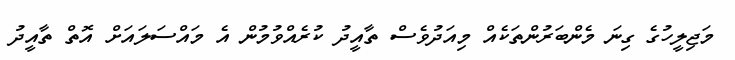
މަޖިލީހުގެ ގިނަ މެންބަރުންތަކެއް މިއަދުވެސް ތާއީދު ކުރެއްވުމުން އެ މައްސަލައަށް އޮތް ތާއީދު